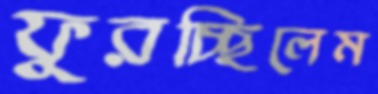
ফুরচ্ছিলেম